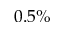
0 . 5 \%